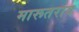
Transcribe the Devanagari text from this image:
मारूतराव